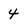
Character: 4